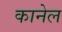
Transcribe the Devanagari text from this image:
कानेल